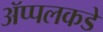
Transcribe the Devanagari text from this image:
ॲप्पलकडे